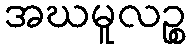
အဃမူလဉ္စ